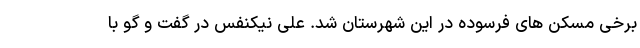
برخی مسکن های فرسوده در این شهرستان شد. علی نیکنفس در گفت و گو با